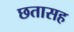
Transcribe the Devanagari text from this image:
छतासह